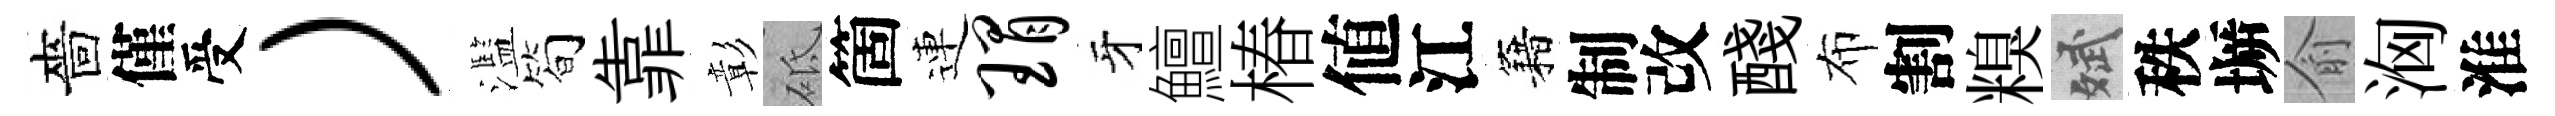
嗇僅受）濫筍靠彰砥箇連瑁牙鱣椿値江籍制改醆布割糗斌秩󶱲俞洶淮